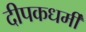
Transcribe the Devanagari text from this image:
दीपकधर्मी